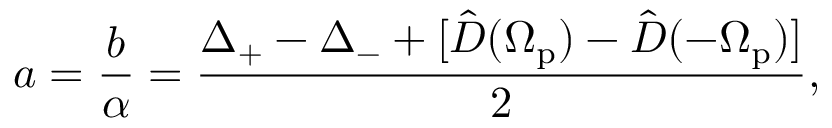
a = \frac { b } { \alpha } = \frac { \Delta _ { + } - \Delta _ { - } + [ \hat { D } ( \Omega _ { \mathrm { p } } ) - \hat { D } ( - \Omega _ { \mathrm { p } } ) ] } { 2 } ,